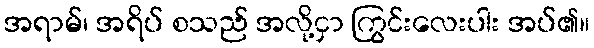
အရာမ်၊ အရိပ် စသည် အလို့ငှာ ကြွင်းလေးပါး အပ်၏။